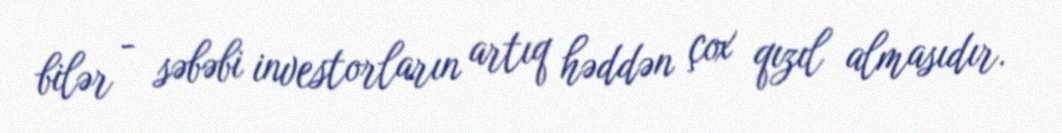
bilər - səbəbi investorların artıq həddən çox qızıl almasıdır.